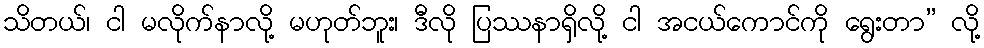
သိတယ်၊ ငါ မလိုက်နာလို့ မဟုတ်ဘူး၊ ဒီလို ပြဿနာရှိလို့ ငါ အငယ်ကောင်ကို ရွေးတာ” လို့